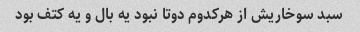
سبد سوخاریش از هرکدوم دوتا نبود یه بال و یه کتف بود